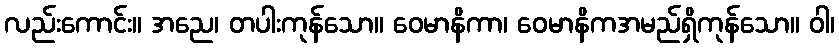
လည်းကောင်း။ အညေ၊ တပါးကုန်သော။ ဝေမာနိကာ၊ ဝေမာနိကအမည်ရှိကုန်သော။ ဝါ၊